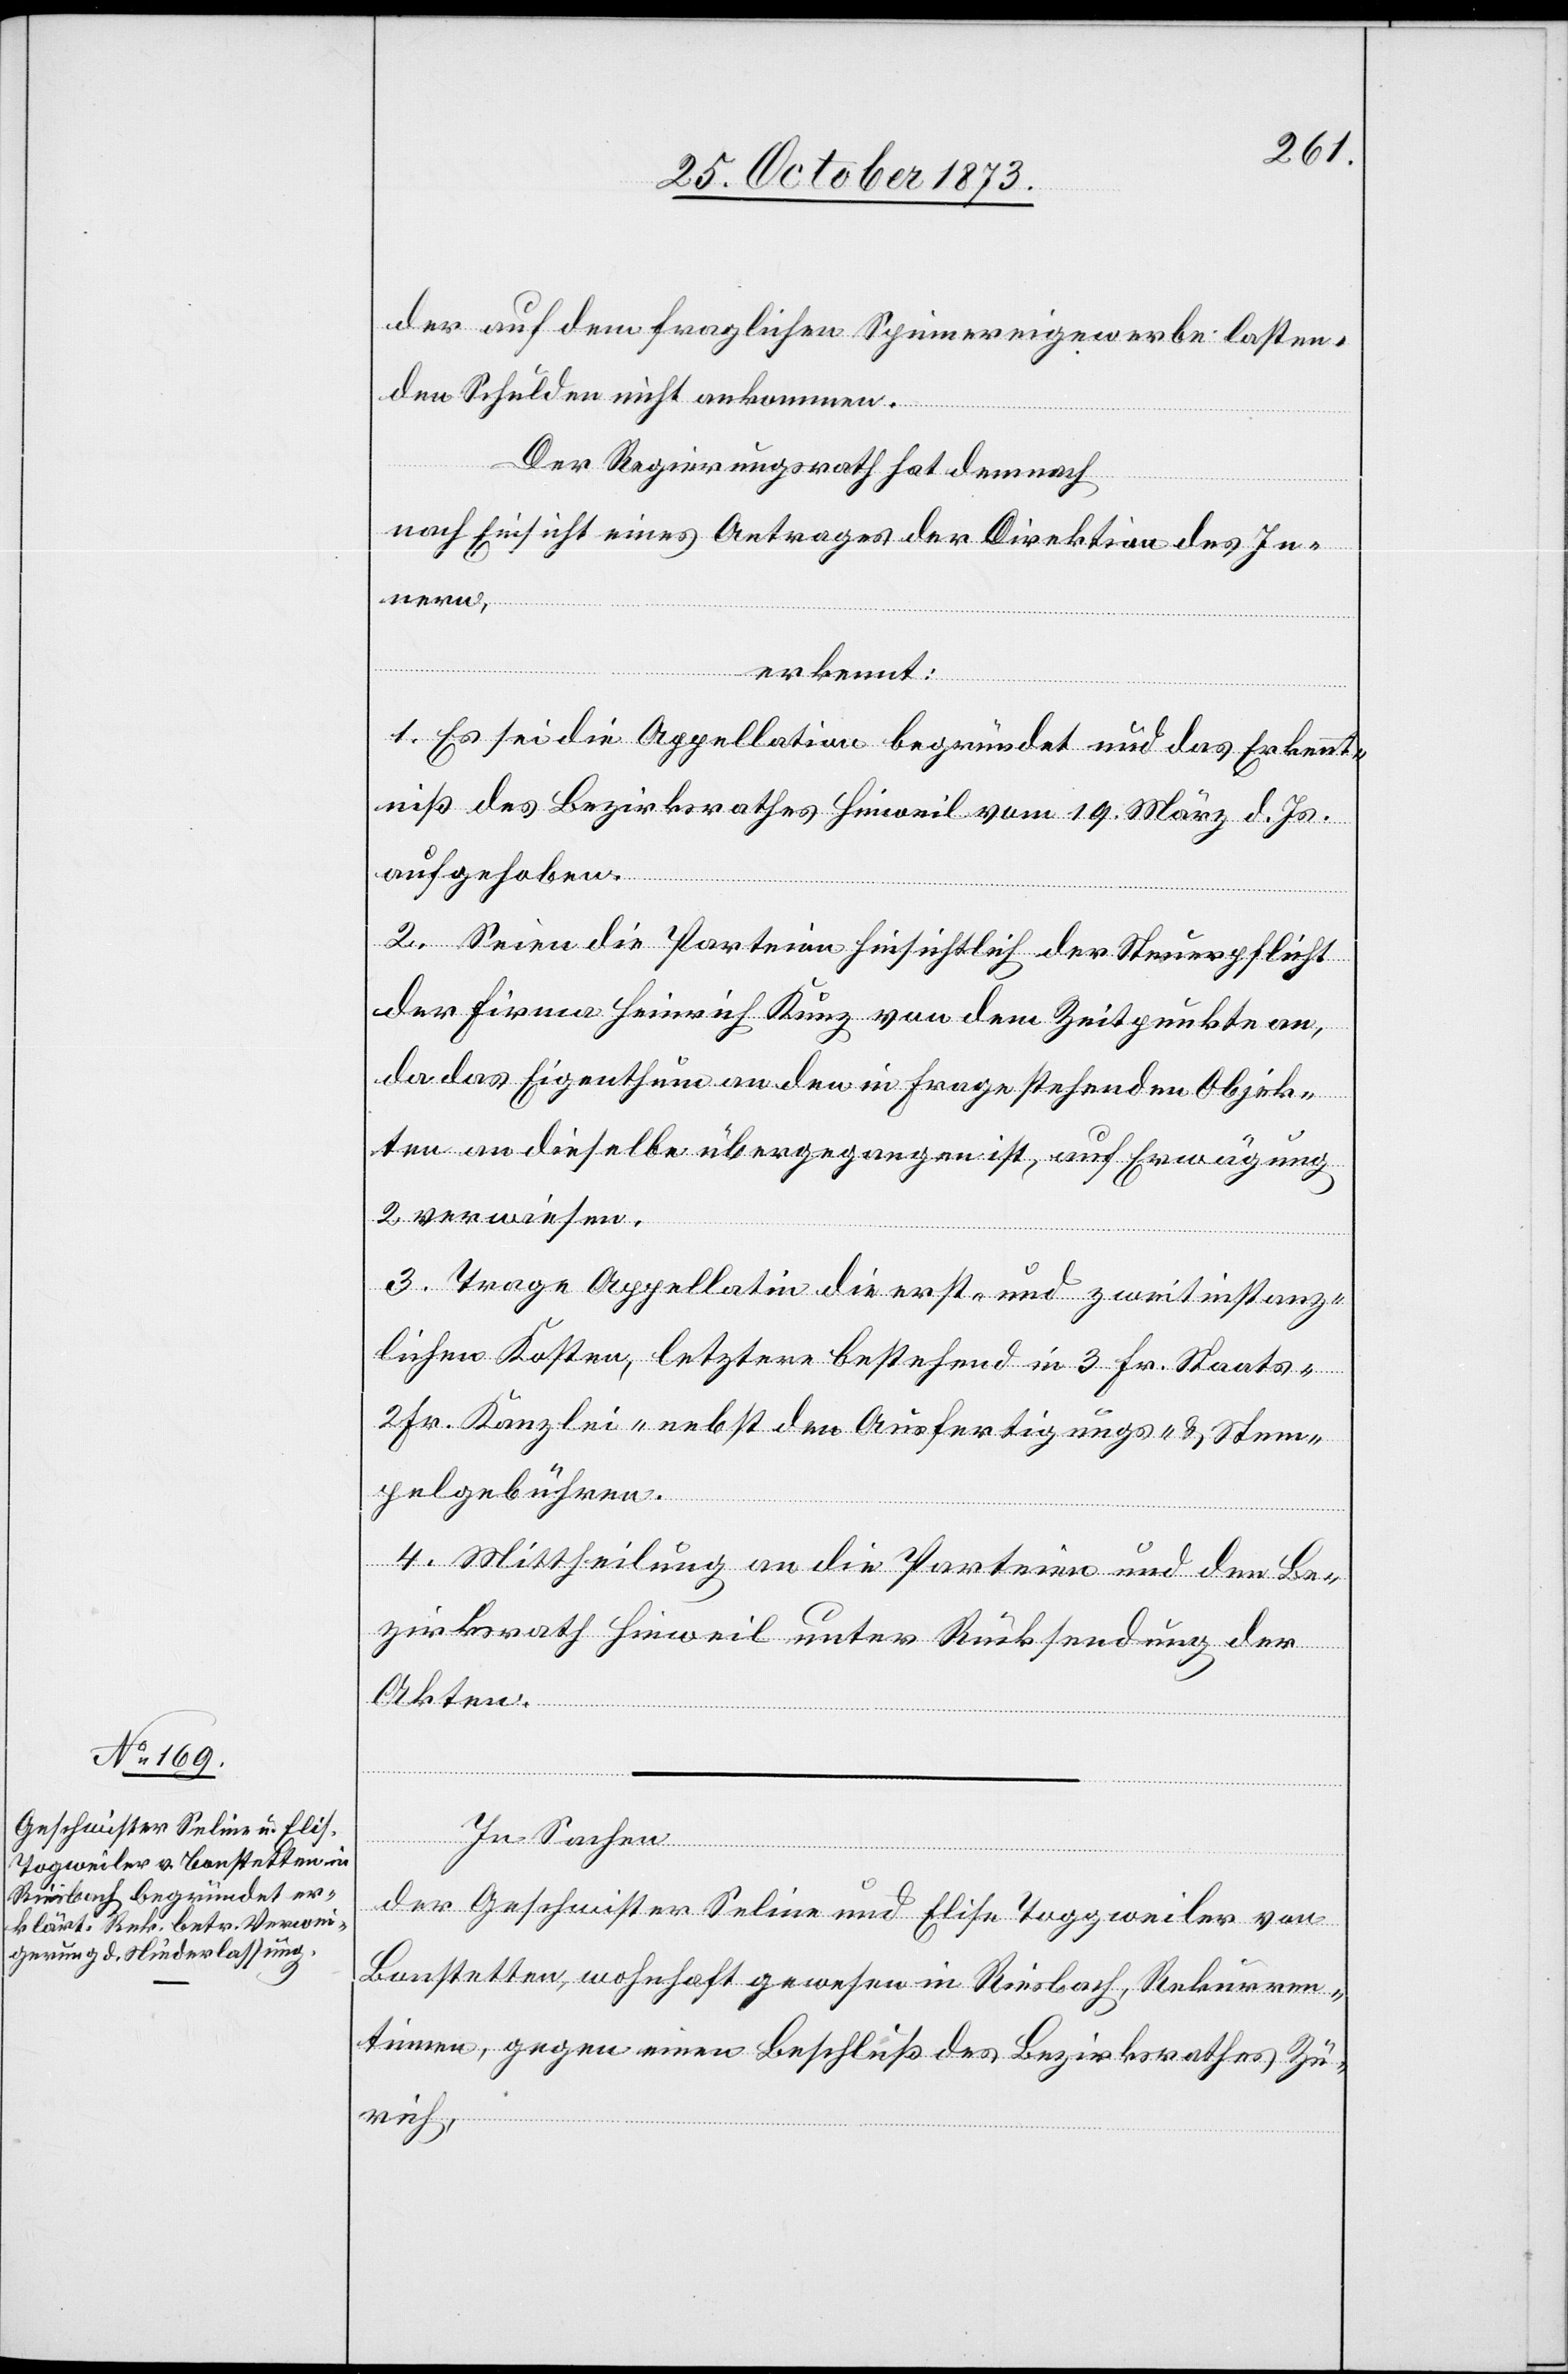
der auf dem fraglichen Spinnereigewerbe lasten¬
den Schulden nicht ankommen.
Der Regierungsrath hat demnach
nach Einsicht eines Antrages der Direktion des In¬
nern,
von
erkennt:
1. Es sei die Appellation begründet und das Erkennt¬
niß des Bezirksrathes Hinweil vom 19. März d. Js.
aufgehoben.
2. Seien die Parteien hinsichtlich der Steuerpflicht
der Firma Heinrich Kunz von dem Zeitpunkte an,
da das Eigenthum an den in Frage stehenden Objek¬
ten an dieselbe übergegangen ist, auf Erwägung
2 verwiesen.
3. Trage Appellatin die erst- und zweitinstanz¬
lichen Kosten, letztere bestehend in 3 Fr. Staats-
2 Fr. Kanlzei- nebst den Ausfertigungs- & Stem¬
pelgebühren.
4. Mittheilung an die Parteien und den Be¬
zirksrath Hinweil unter Rücksendung der
Akten.
In Sachen
der Geschwister Seline und Elise Toggweiler
Bonstetten, wohnhaft gewesen in Riesbach, Rekurren¬
tinnen, gegen einen Beschluß des Bezirksrathes Zü¬
rich,